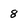
Character: 8